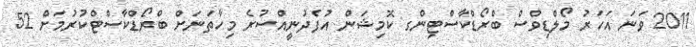
2011 ވަނަ އަހަރު މޯލްޑިވްސް ބްރޯޑްކާސްޓިންގ ކޮމިޝަން އުފެދުނީއްސުރެ މިހާތަނަށް ބްރޯޑްކާސްޓްކުރުމަށް 52